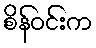
စိန်ဝင်းက